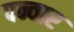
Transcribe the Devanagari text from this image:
पन्वार